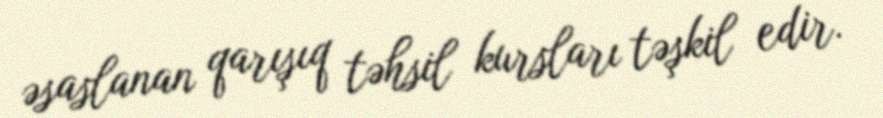
əsaslanan qarışıq təhsil kursları təşkil edir.